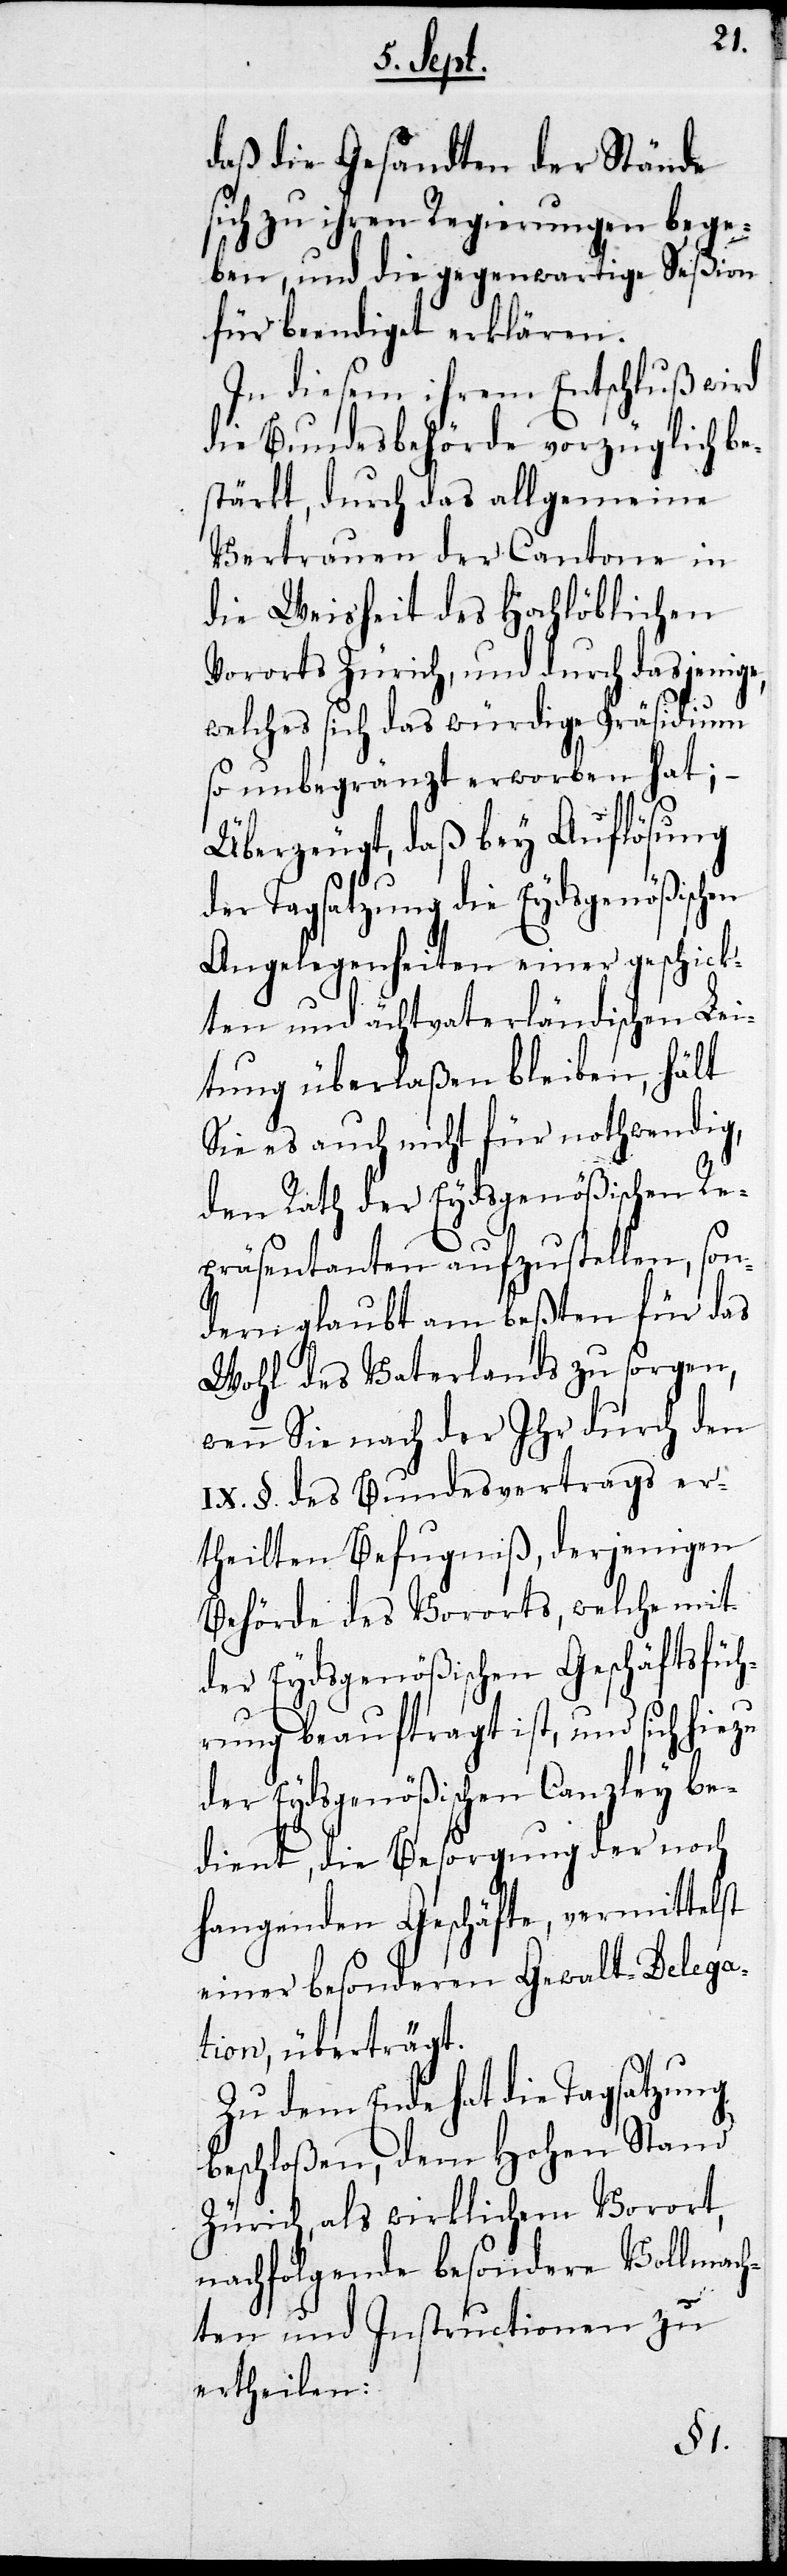
en
daß die Gesandten der Stände
sich zu ihren Regierungen bege¬
Seßion
ben, und die gegenwär¬
für beendiget erklären.
luß wird
In diesem Ihrem En¬
die Bundesbehörde vorzüglich be¬
stärkt, durch das allgemeine
Vertrauen der Cantone in
die Weisheit des Hochlöblichen
Vororts Zürich, und durch dasjenige,
welches sich das würdige Präsidium
so unbegräntzt erworben hat;
Überzeugt, daß bey Auflösung
der Tagsatzung die Eydsgenößisch¬
Angelegenheiten einer geschick¬
ten und ächtvaterländischen Lei¬
tung überlaßen bleiben, hält
Sie es auch nicht für nothwendig,
den Rath der Eydsgenößischen Re¬
präsentanten aufzustellen, so¬
ndern glaubt am beßten für das
Wohl des Vaterlandes zu sorgen,
wenn Sie nach der Ihr durch den
IX. §. des Bundesvertrags er¬
theilten Befugniß, derjenigen
Behörde des Vororts, welche mit
sfüh¬
der Eydsgenößischen Geschä¬
rung beauftragt ist, und sich
der Eydsgenößischen Canzley be¬
dient, die Besorgung der noch
hangenden Geschäfte, vermittelst
einer besonderen Gewalt-Delega¬
tion, überträgt.
Zu dem Ende hat die Tagsatzung
beschloßen, dem Hohen Stand
Zürich, als wirklichem Vorort,
nachfolgende besondere Vollmach¬
ten und Instructionen zu
ertheilen: